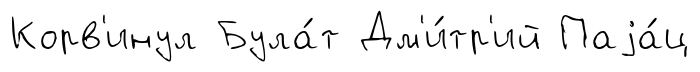
Корв'инул Була́т Дм'и́тр'ий Паjа́ц